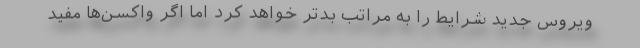
ویروس جدید شرایط را به مراتب بدتر خواهد کرد اما اگر واکسن‌ها مفید